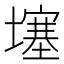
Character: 𡑮